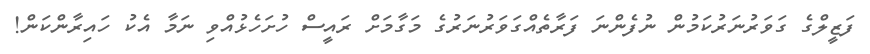
ފަޒީލްގެ ގަވަރުނަރުކަމުން ނުފެންނަ ފަރާތެއްގަވަރުނަރުގެ މަގާމަށް ރައީސް ހުށަހެޅުއްވި ނަމާ އެކު ހައިރާންކަން!